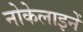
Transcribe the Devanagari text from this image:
नोकेलाइनें